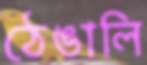
ঠেঙালি